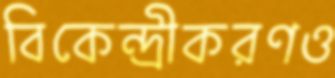
বিকেন্দ্রীকরণও